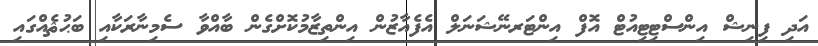
އަދި ފިނިޝް އިންސްޓިޓިއުޓް އޮފް އިންޓަރނޭޝަނަލް އެފެއާޒުން އިންތިޒާމުކޮށްގެން ބާއްވާ ސެމިނާރަކާއި ބަޙުޘެއްގައި